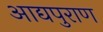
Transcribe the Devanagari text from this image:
आद्यपुराण